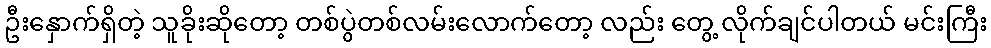
ဦးနှောက်ရှိတဲ့ သူခိုးဆိုတော့ တစ်ပွဲတစ်လမ်းလောက်တော့ လည်း တွေ့ လိုက်ချင်ပါတယ် မင်းကြီး